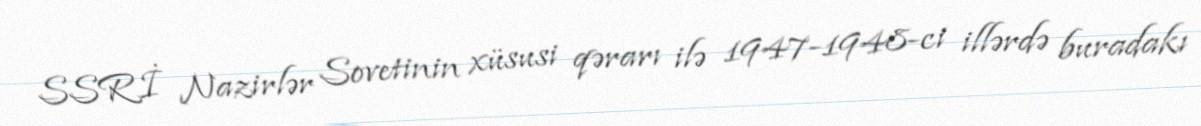
SSRİ Nazirlər Sovetinin xüsusi qərarı ilə 1947-1948-ci illərdə buradakı